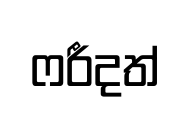
ෆරීදත්